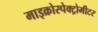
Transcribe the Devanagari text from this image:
माइक्रोस्पेक्ट्रोमीटर